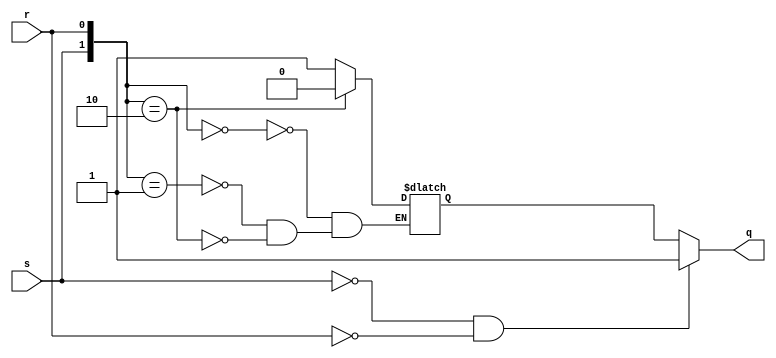
module sn74ls279(q, s, r);
input s, r;
output q;
reg ff;

parameter
	// TI TTL data book Vol 1, 1985
	tPLH_min=0, tPLH_typ=12, tPLH_max=22, // worst case
	tPHL_min=0, tPHL_typ=15, tPHL_max=27;
	
initial
begin
	ff <= 1'bx;
end
	
always @(r, s)
begin
	case ({s,r})
	2'b00:
		ff <= 1'bx;	// instable
	2'b01:
		ff <= 1'b1;
	2'b10:
		ff <= 1'b0;
	default:
		;
	endcase
end

assign #(tPLH_min:tPLH_typ:tPLH_max,
		 tPHL_min:tPHL_typ:tPHL_max)
	q  = s==0 && r==0 ? 1 : ff;

endmodule